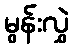
မွန်းလွှဲ